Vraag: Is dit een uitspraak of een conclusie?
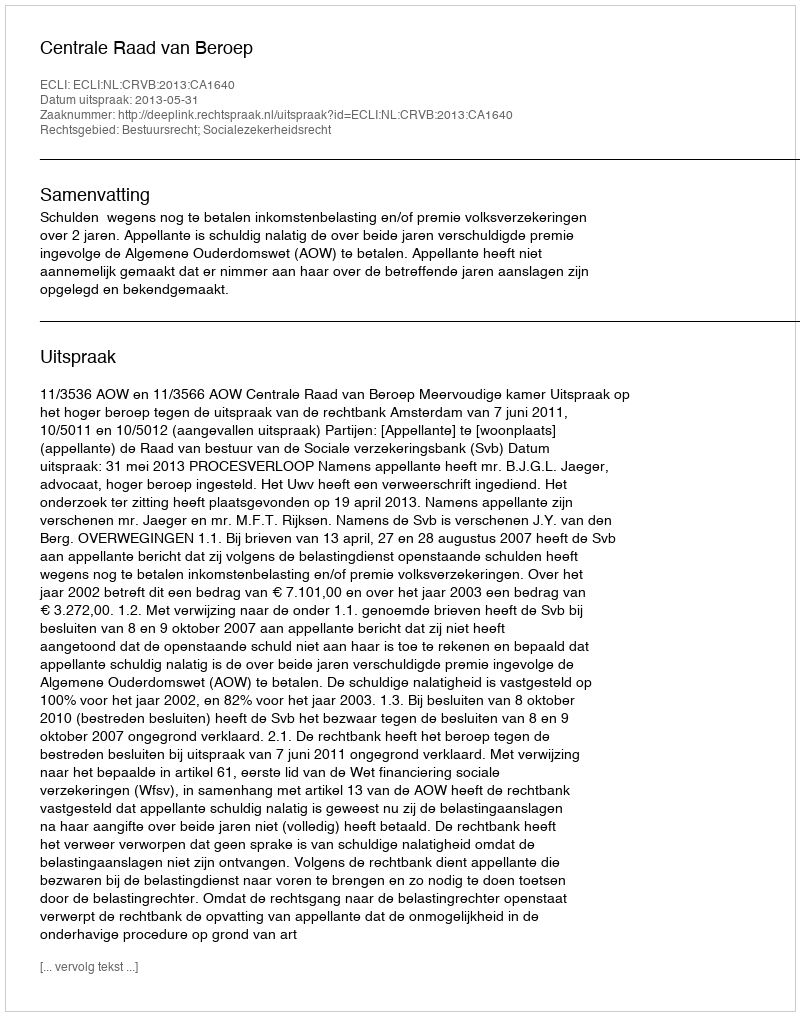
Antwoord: Uitspraak